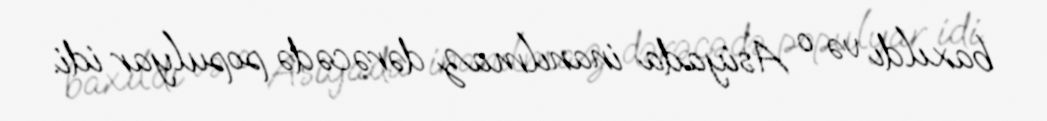
baxıldı və o Asiyada inanılmaz dərəcədə populyar idi.